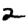
Digit: 2